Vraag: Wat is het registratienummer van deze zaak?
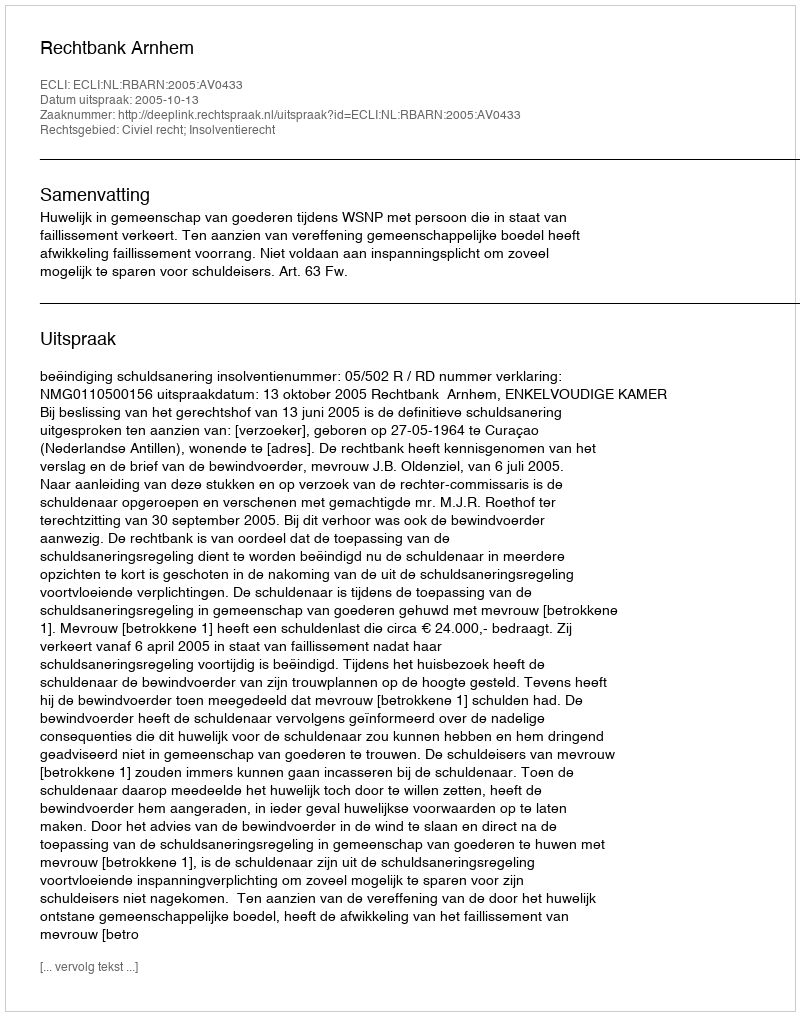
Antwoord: http://deeplink.rechtspraak.nl/uitspraak?id=ECLI:NL:RBARN:2005:AV0433